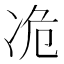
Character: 𫥊